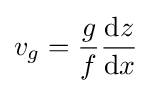
v_{g}={g \over f}{{\rm {d}}z \over {\rm {d}}x}